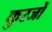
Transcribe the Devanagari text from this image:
कुरजों